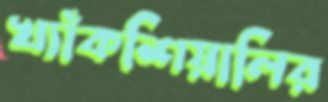
খ্যাঁকশিয়ালির